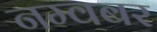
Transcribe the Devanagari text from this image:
नम्वबर